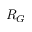
R _ { G }